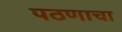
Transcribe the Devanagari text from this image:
पठणाचा